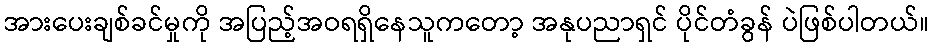
အားပေးချစ်ခင်မှုကို အပြည့်အဝရရှိနေသူကတော့ အနုပညာရှင် ပိုင်တံခွန် ပဲဖြစ်ပါတယ်။